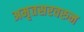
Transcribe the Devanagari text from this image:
अमृतसरवरुन